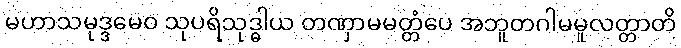
မဟာသမုဒ္ဒမေဝ သုပရိသုဒ္ဓါယ တဏှာမမတ္တံပေ အဘူတဂါမမူလတ္တာတိ